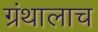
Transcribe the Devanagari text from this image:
ग्रंथालाच